38_143685_box_Incident_Summaries_101-172
Agency: Department of War
Page 150
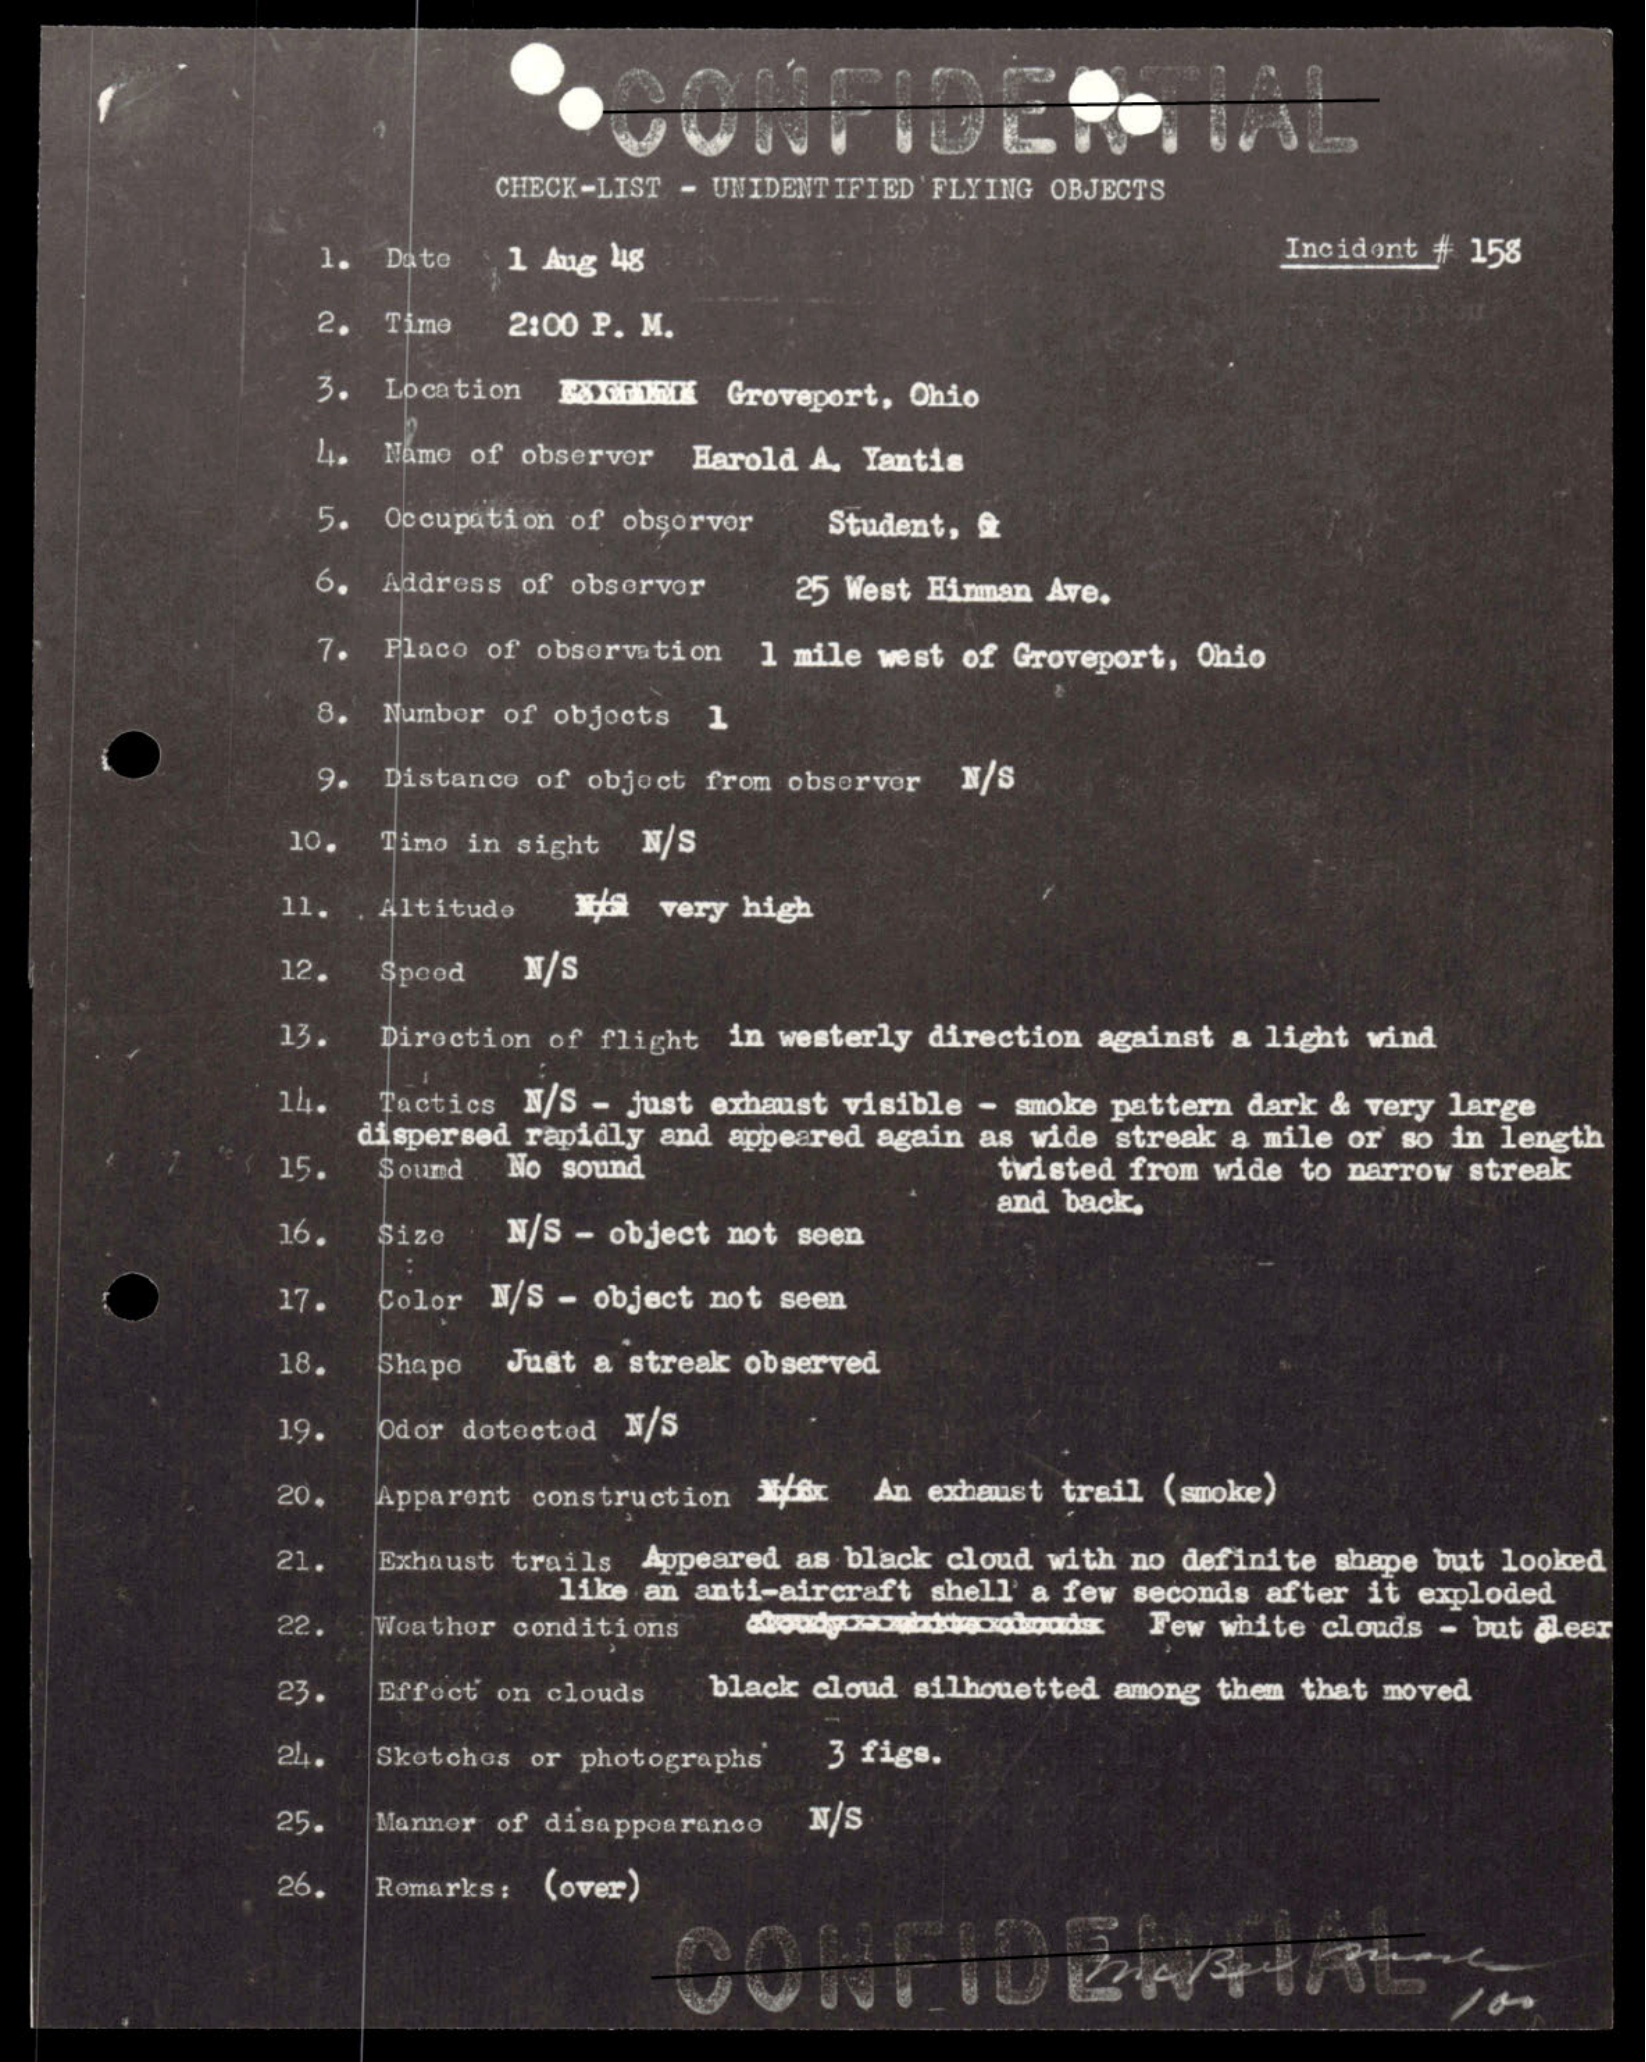